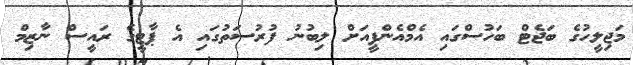
މަޖިލީހުގެ ބަޖެޓް ބަހުސްގައި އެމްއެންޕީއަށް ލިބުނު ފުރުސަތުގައި އެ ޕާޓީގެ ރައީސް ނާޒިމް